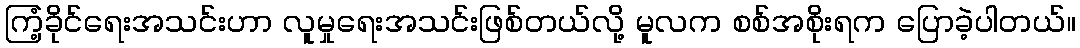
ကြံ့ခိုင်ရေးအသင်းဟာ လူမှုရေးအသင်းဖြစ်တယ်လို့ မူလက စစ်အစိုးရက ပြောခဲ့ပါတယ်။